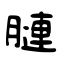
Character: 𦟪